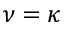
\nu = \kappa